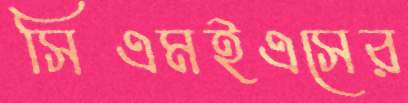
সিএমইএসের